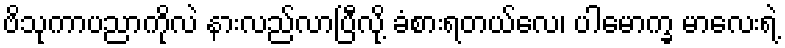
ဗိသုကာပညာကိုလဲ နားလည်လာပြီလို့ ခံစားရတယ်လေ၊ ပါမောက္ခ မာလေးရဲ့